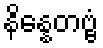
နိန္နေတဗ္ဗံ